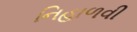
નિહાળવી